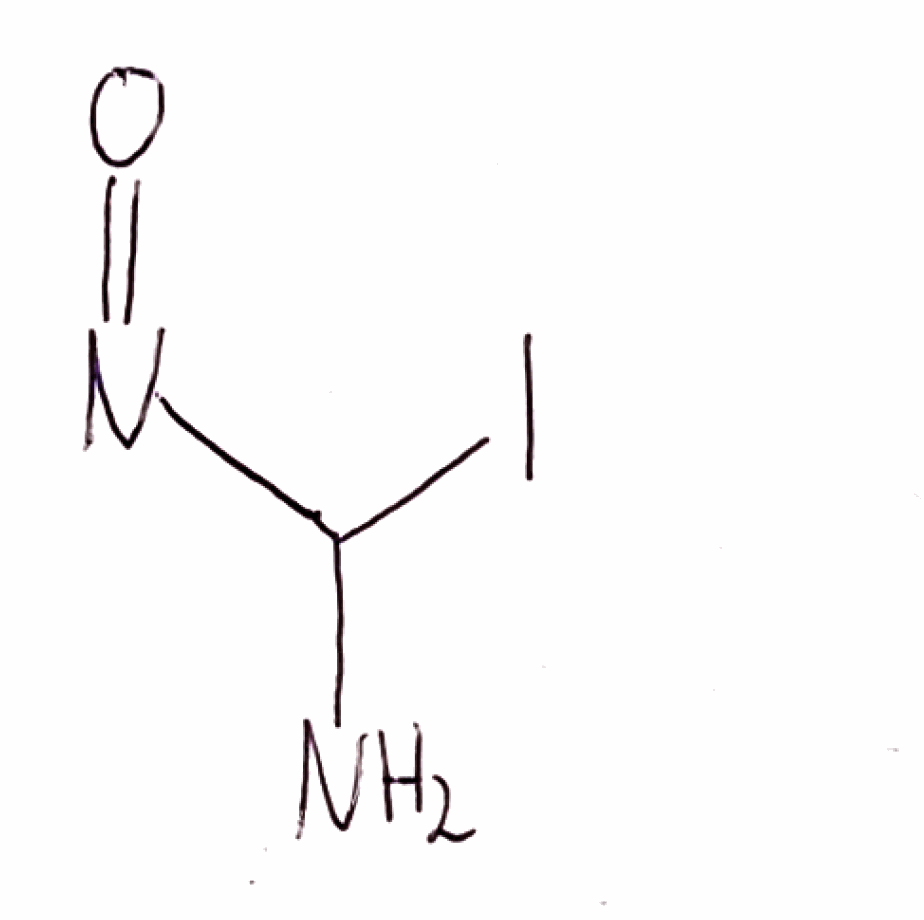
Simplified molecular-input line-entry system (SMILES) notation of the given molecule:
C(N)(N=O)I